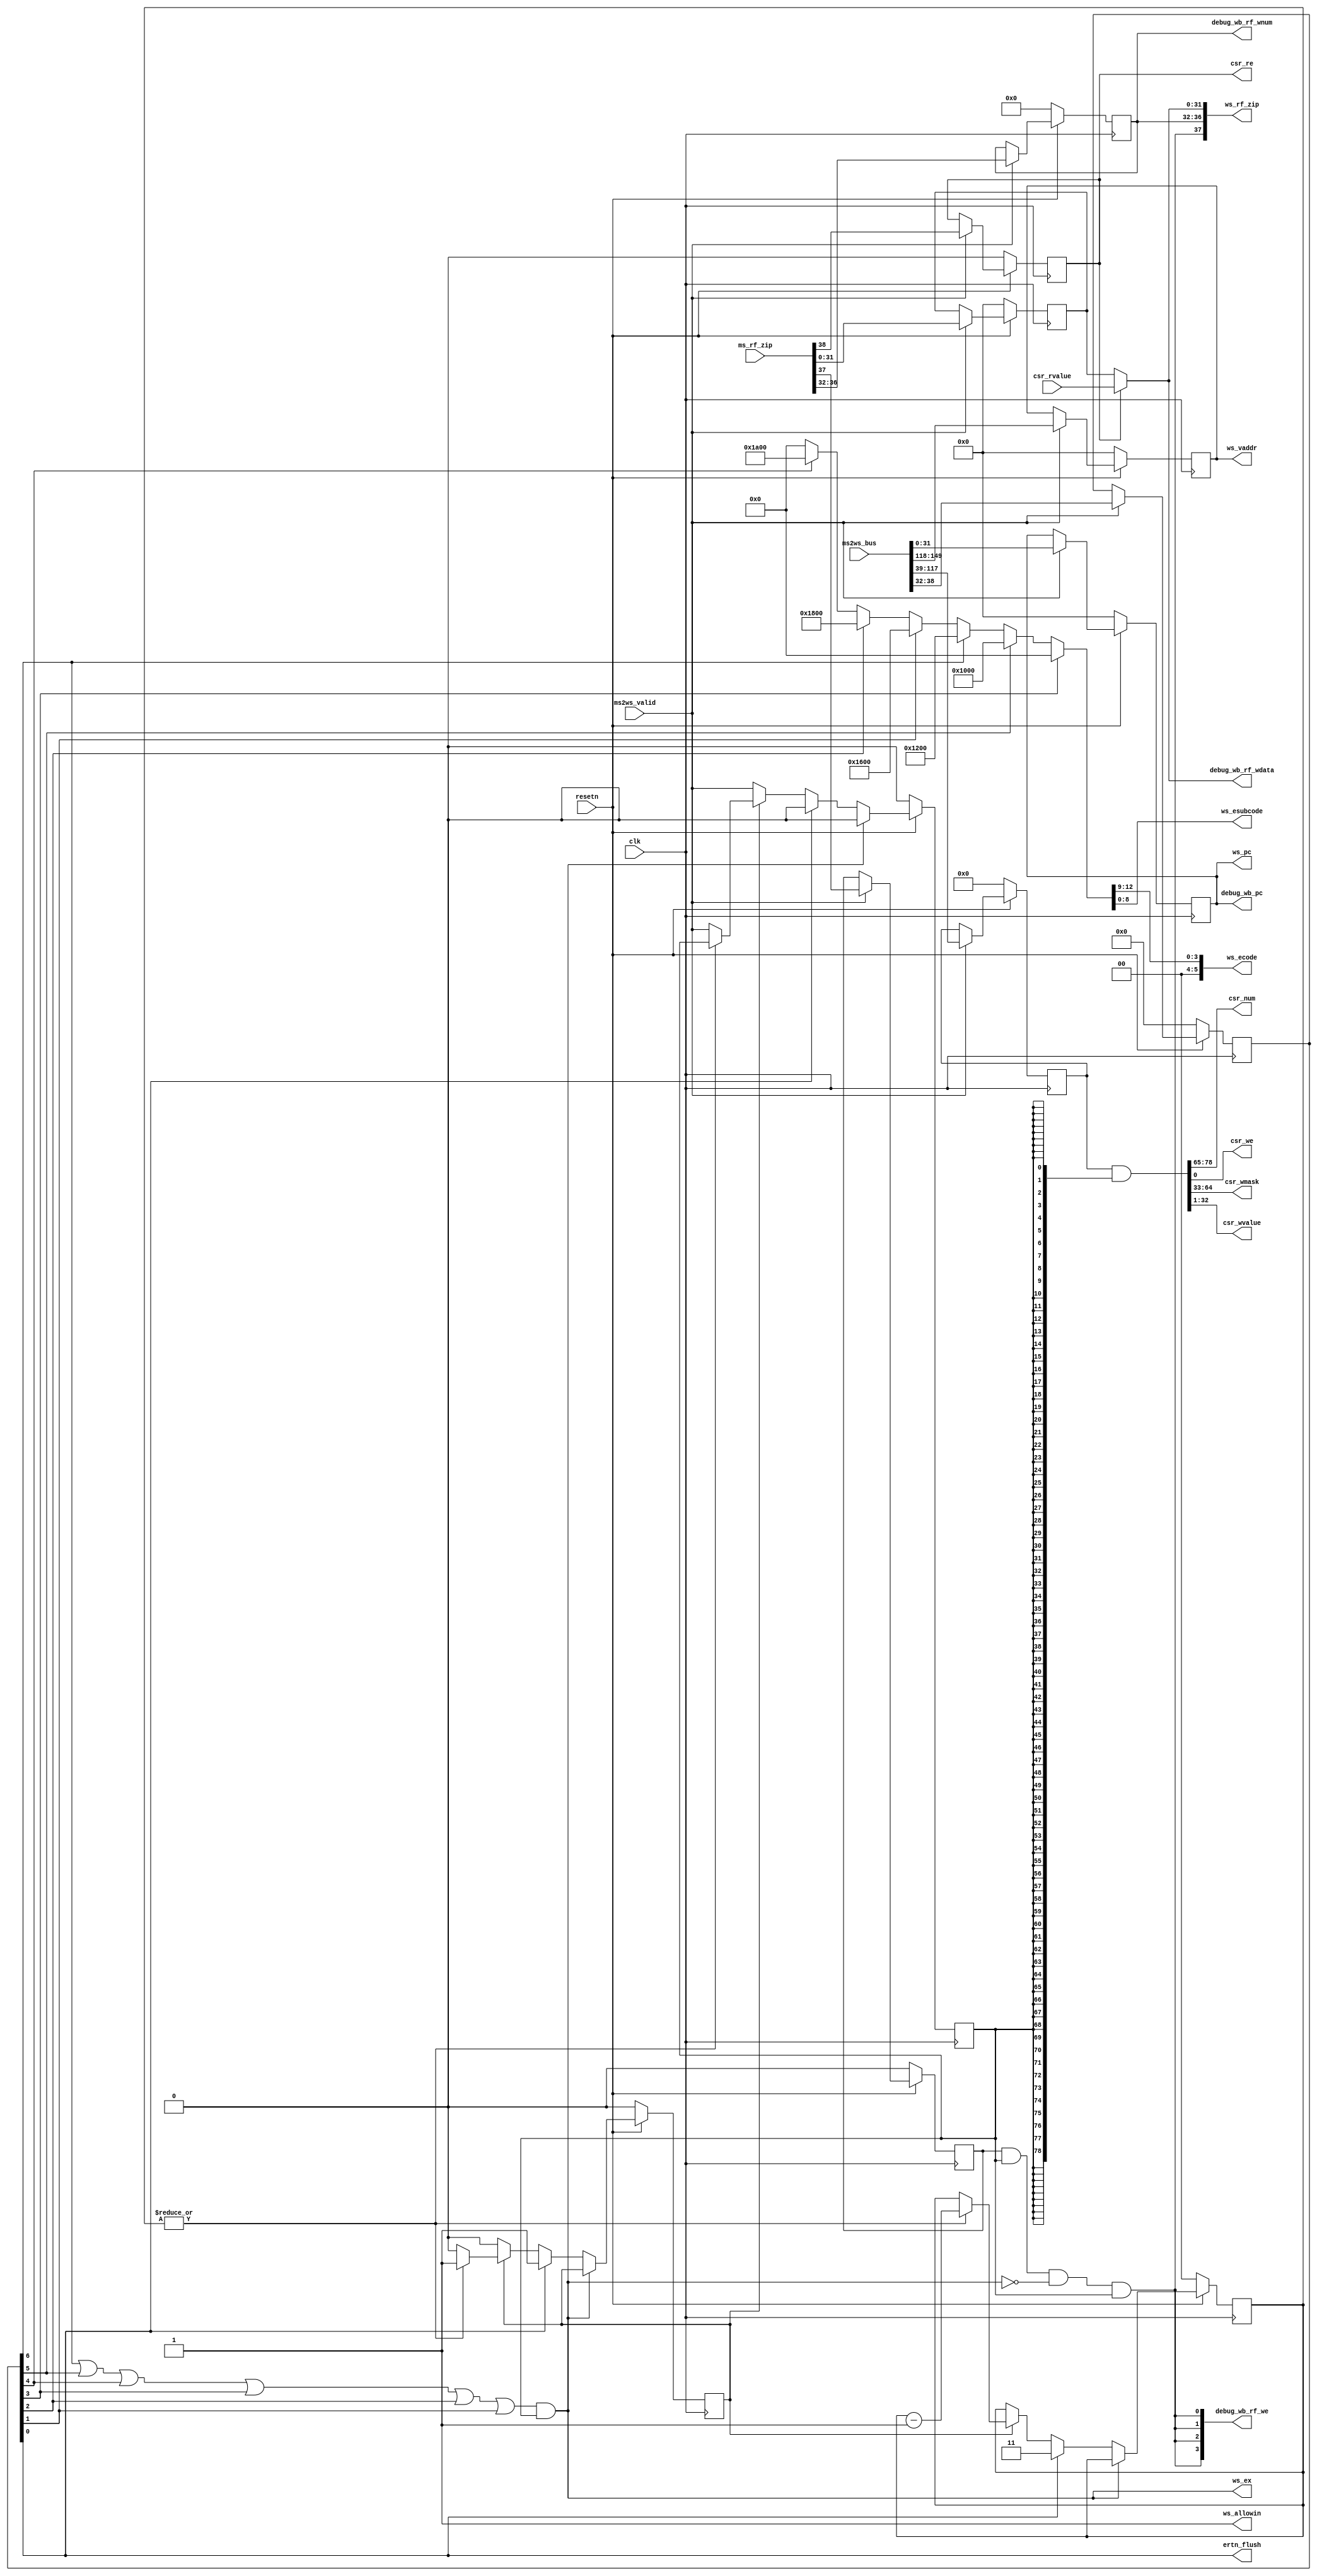
module WBreg(
    input  wire        clk,
    input  wire        resetn,
    // ms and ws state interface
    output wire         ws_allowin,
    input  wire         ms2ws_valid,
    input  wire [149:0] ms2ws_bus,
    input  wire [ 38:0] ms_rf_zip,
    // trace debug interface
    output wire [31:0] debug_wb_pc,
    output wire [ 3:0] debug_wb_rf_we,
    output wire [ 4:0] debug_wb_rf_wnum,
    output wire [31:0] debug_wb_rf_wdata,
    // ds and ws state interface
    output wire [37:0] ws_rf_zip,   // {ws_rf_we, ws_rf_waddr, ws_rf_wdata}
    // ws and csr state interface
    output wire         csr_re,
    output wire [13:0]  csr_num,
    output wire         csr_we,
    output wire [31:0]  csr_wmask,
    output wire [31:0]  csr_wvalue,
    output wire         ertn_flush,
    output wire         ws_ex,
    output reg  [31:0]  ws_vaddr,
    output reg  [31:0]  ws_pc,
    output wire [ 5:0]  ws_ecode,
    output wire [ 8:0]  ws_esubcode,
    input  wire [31:0]  csr_rvalue
);
    
wire        ws_ready_go;
reg         ws_valid;

reg         ws_csr_re;
wire        ws_rf_we;
reg  [4 :0] ws_rf_waddr;
wire [31:0] ws_rf_wdata;
reg  [78:0] ws_csr_zip;
reg  [ 6:0] ws_except_zip;

reg         ws_rf_we_tmp;
reg  [31:0] ws_rf_wdata_tmp;

wire        ws_except_adef;
wire        ws_except_ale;
wire        ws_except_sys;
wire        ws_except_brk;
wire        ws_except_ine;
wire        ws_except_int;

reg  [ 1:0] ertn_cnt;    // ertn  ertn  4 , ,  ws_valid , .
reg         en_ertn_cnt;
//------------------------------state control signal---------------------------------------
assign ws_ready_go      = 1'b1;
assign ws_allowin       = ~ws_valid | ws_ready_go ;     
always @(posedge clk) begin
    if(~resetn) begin
        ws_valid <= 1'b0;
        en_ertn_cnt <= 1'b0;
        ertn_cnt    <= 2'b0;
    end else if (ws_ex) begin
        ws_valid <= 1'b0;
    end else if (ertn_flush) begin
        ws_valid <= 1'b0;
        ertn_cnt <= 2'b11;
        en_ertn_cnt <= 1'b1;
    end else if (en_ertn_cnt) begin
        if (~|ertn_cnt) begin
            ws_valid <= ms2ws_valid;
            en_ertn_cnt <= 1'b0;
        end else begin
            ertn_cnt = ertn_cnt - 1'b1;
        end
    end else if (ws_allowin)
        ws_valid <= ms2ws_valid;
end


//------------------------------mem and wb state interface---------------------------------------
always @(posedge clk) begin
    if (~resetn) begin
       {ws_vaddr,
        ws_csr_zip,
        ws_except_zip,
        ws_pc
        } <= 0;
       {ws_csr_re,
        ws_rf_we_tmp,
        ws_rf_waddr,
        ws_rf_wdata_tmp
        } <= 0;
    end else if(ms2ws_valid & ws_allowin) begin
       {ws_vaddr,
        ws_csr_zip,
        ws_except_zip,
        ws_pc
        } <= ms2ws_bus;
       {ws_csr_re,
        ws_rf_we_tmp,
        ws_rf_waddr,
        ws_rf_wdata_tmp
        } <= ms_rf_zip;
    end
end


//--------------------------ws and csr state interface--------------------------
assign csr_re = ws_csr_re;
assign {csr_num, csr_wmask, csr_wvalue, csr_we} = ws_csr_zip & {79{ws_valid}};
assign {ws_except_ale, ws_except_adef, ws_except_ine, ws_except_int, ws_except_brk, ws_except_sys, ertn_flush} = ws_except_zip;
assign ws_ex = (ws_except_ale | ws_except_adef | ws_except_ine | ws_except_int | ws_except_brk | ws_except_sys) & ws_valid;
assign {ws_ecode, ws_esubcode}  = ws_except_int  ? {6'h0, 9'h0}
                                : ws_except_adef ? {6'h8, 9'h0}
                                : ws_except_ale  ? {6'h9, 9'h0}
                                : ws_except_sys  ? {6'hb, 9'h0}
                                : ws_except_brk  ? {6'hc, 9'h0}
                                : ws_except_ine  ? {6'hd, 9'h0}
                                : 6'h0;

//------------------------------id and wb state interface---------------------------------------
assign ws_rf_wdata  = ws_csr_re ? csr_rvalue : ws_rf_wdata_tmp;
assign ws_rf_we     = ws_rf_we_tmp & ws_valid & ~ws_ex;
assign ws_rf_zip    = {ws_rf_we & ws_valid, ws_rf_waddr, ws_rf_wdata};


//------------------------------trace debug interface---------------------------------------
assign debug_wb_pc = ws_pc;
assign debug_wb_rf_wdata = ws_rf_wdata;
assign debug_wb_rf_we = {4{ws_rf_we & ws_valid}};
assign debug_wb_rf_wnum = ws_rf_waddr;


endmodule